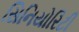
સિનિયોરિટી